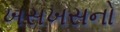
ખસખસનો